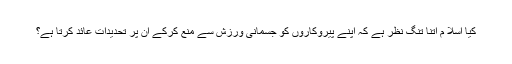
کیا اسلا م اتنا تنگ نظر ہے کہ اپنے پیروکاروں کو جسمانی ورزش سے منع کرکے ان پر تحدیدات عائد کرتا ہے؟